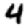
Digit: 4